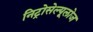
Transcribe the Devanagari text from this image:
निट्रोसेल्यूलोज